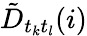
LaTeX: \tilde{D}_{t_{k}t_{l}}(i)